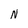
Character: N